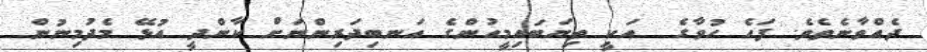
ދެއްވާނެތެވެ. ފަހެ ހުވާގެ  އަކީ ތިޔަބައިމީހުންގެ އަނބިދަރިންނަށް ކާންދީ އުޅޭ މެދުމިނުން